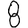
Digit: 8